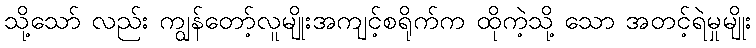
သို့သော် လည်း ကျွန်တော့်လူမျိုးအကျင့်စရိုက်က ထိုကဲ့သို့ သော အတင့်ရဲမှုမျိုး